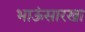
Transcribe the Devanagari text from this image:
भाऊंसारखा